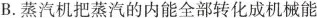
B.蒸汽机把蒸汽的内能全部转化成机械能